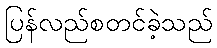
ပြန်လည်စတင်ခဲ့သည်